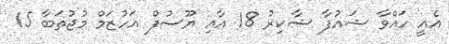
އެއީ ހައްވާ ޝައުފާ ޝާކިރު 18 އާއި ޔޫސުފް އަހުޒަމް މުޖުތަބާ 15